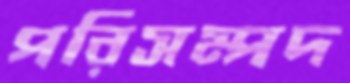
পরিসম্পদ